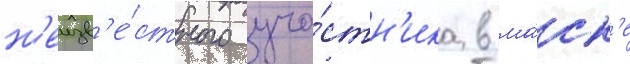
н'еизв'е́стного уча́стн'ика в ма́ск'е